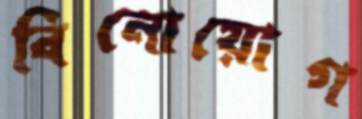
বিনোয়োগ